Annual report on the working of the lock hospitals in the Central Provinces
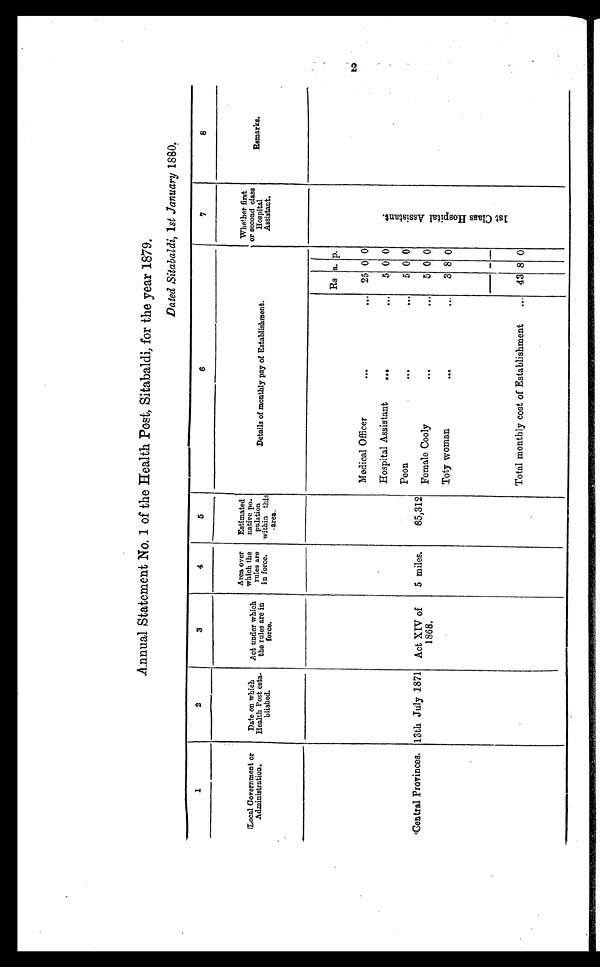
Annual Statement No. 1 of the Health Post, Sitabaldi, for the year 1879.
Dated Sitabaldi,1 st January 1880,
1
2
3
4
5
6
7
8
Local Government or
Administration.
Date on which
Health Post esta
blished.
Act under which
the rules are in
force.
Area over
which the
rules are
in force.
Estimated
native po.
pulation
within this
area.
Details of monthly pay of Establishment.
Whether first
or second class
Hospital
Assistant.
Remarks.
Rs a. p.
1 s t C l a s s H o s p i t a l A s s i s t a n t .
Medical Officer
...
...
25 0 0
Hospital Assistant
..
. . .
5 0 0
Peon...
. . .
5 0 0
Central Provinces. 13th July :1871
Act XIV of
1868.
5 miles.
85,312
Female Cooly
...
. . .
5 0 0
Toty woman
...
...
3 8 0
Total monthly cost of Establishment
...
43 8 0